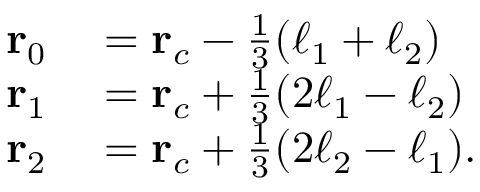
\begin{array} { r l } { \mathbf { r } _ { 0 } } & { { } = \mathbf { r } _ { c } - \frac { 1 } { 3 } ( \boldsymbol { \ell } _ { 1 } + \boldsymbol { \ell } _ { 2 } ) } \\ { \mathbf { r } _ { 1 } } & { { } = \mathbf { r } _ { c } + \frac { 1 } { 3 } ( 2 \boldsymbol { \ell } _ { 1 } - \boldsymbol { \ell } _ { 2 } ) } \\ { \mathbf { r } _ { 2 } } & { { } = \mathbf { r } _ { c } + \frac { 1 } { 3 } ( 2 \boldsymbol { \ell } _ { 2 } - \boldsymbol { \ell } _ { 1 } ) . } \end{array}